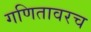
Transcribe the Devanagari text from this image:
गणितावरच